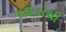
મકાનોથી